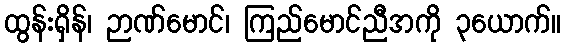
ထွန်းရှိန်၊ ဉာဏ်မောင်၊ ကြည်မောင်ညီအကို ၃ယောက်။